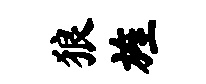
狼旌